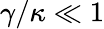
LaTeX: \gamma/\kappa\ll 1